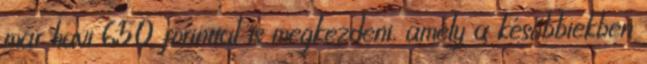
már havi 650 forinttal is megkezdeni, amely a későbbiekben